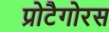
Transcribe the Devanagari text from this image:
प्रोटैगोरस